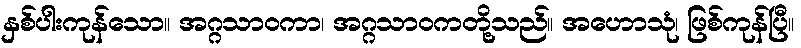
နှစ်ပါးကုန်သော။ အဂ္ဂသာဝကာ၊ အဂ္ဂသာဝကတို့သည်။ အဟောသုံ၊ ဖြစ်ကုန်ပြီ။